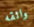
واثقه